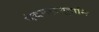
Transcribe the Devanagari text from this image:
पंचमहाभूतानि